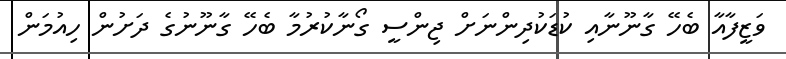
ވަޒީފާއާ ބެހޭ ގާނޫނާއި ކުޑަކުދިންނަށް ޖިންސީ ގޯނާކުރުމާ ބެހޭ ގާނޫނުގެ ދަށުން ހިއުމަން